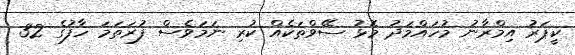
ކީޕަރު އިމްރާނު މުހައްމަދު މޮޅު ސޭވްތަކެއް ކުރި ނަމަވެސް ފުރަތަމަ ހާފުގެ 32